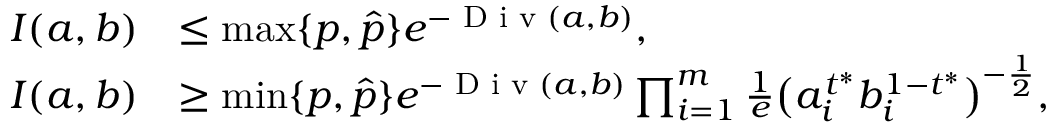
\begin{array} { r l } { I ( a , b ) } & { \leq \operatorname* { m a x } \{ p , \hat { p } \} e ^ { - \textup { D i v } ( a , b ) } , } \\ { I ( a , b ) } & { \geq \operatorname* { m i n } \{ p , \hat { p } \} e ^ { - \textup { D i v } ( a , b ) } \prod _ { i = 1 } ^ { m } \frac { 1 } { e } \big ( a _ { i } ^ { t ^ { * } } b _ { i } ^ { 1 - t ^ { * } } \big ) ^ { - \frac { 1 } { 2 } } , } \end{array}